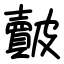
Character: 皾